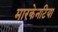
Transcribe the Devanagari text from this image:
मारकेनटिया